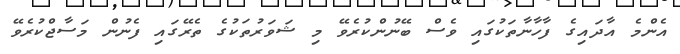
އެންމެ އާދައިގެ ފާހާނާތަކުގައި ވެސް ބޭނުންކުރެވޭ މި ޝަވަރުތަކުގެ ތެރޭގައި ފެނުން މަސާޖްކުރެވޭ